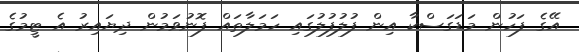
އޭގެ ފަހުން މަޑަގަސްކާ އިން ފުލުފުލުގައި ހަމަލާތައް ފޮނުވަމުން ދިޔައިރު އެ ޓީމުގެ